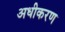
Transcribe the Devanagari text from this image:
अधीकरण